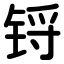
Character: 锊